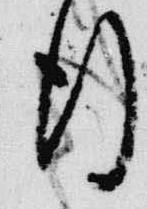
行